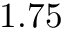
1 . 7 5